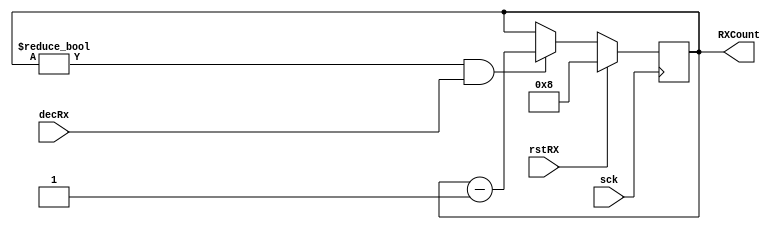
module counterRX_4bit(RXCount,sck,decRx,rstRX);

output reg [3:0] RXCount;
input sck,rstRX,decRx;

initial begin
RXCount <= 4'b1000;
end

always @(posedge sck)
begin
	if(rstRX)
		begin
			RXCount <= 4'b1000;
		end
	else
	begin
        if(RXCount != 4'b0000 && decRx) 
        begin  
        	if(!RXCount)
        	begin
        		RXCount <= 4'b1000;
        	end
		    RXCount <= RXCount - 1;
        end
    end
end
endmodule